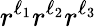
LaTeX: r^{\ell_{1}}r^{\ell_{2}}r^{\ell_{3}}